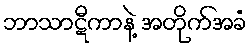
ဘာသာဋီကာနဲ့ အတိုက်အခံ